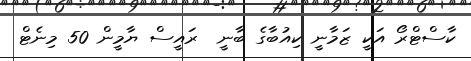
ކާސްޓްރޯ އަކީ ޒަމާނީ ކިއުބާގެ ބާނީ  ރައީސް ޔާމީން 50 މިނެޓް